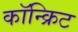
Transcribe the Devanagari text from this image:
कॉन्‍क्रिट